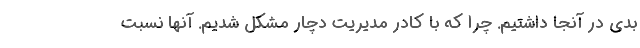
بدی در آنجا داشتیم. چرا که با کادر مدیریت دچار مشکل شدیم. آنها نسبت